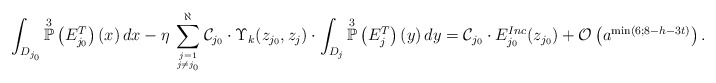
\begin{align*}\int_{D_{j_{0}}} \overset{3}{\mathbb{P}}\left(E^{T}_{j_{0}}\right)(x) \, dx - \eta \, \sum_{j=1 \atop j \neq j_{0}}^{\aleph} \mathcal{C}_{j_0} \cdot \Upsilon_{k}(z_{j_{0}},z_{j}) \cdot \int_{D_{j}} \overset{3}{\mathbb{P}}\left(E^{T}_j\right)(y)\, dy = \mathcal{C}_{j_0} \cdot E^{Inc}_{j_{0}}(z_{j_{0}}) + \mathcal{O}\left(a^{\min(6;8-h-3t)}\right). \end{align*}